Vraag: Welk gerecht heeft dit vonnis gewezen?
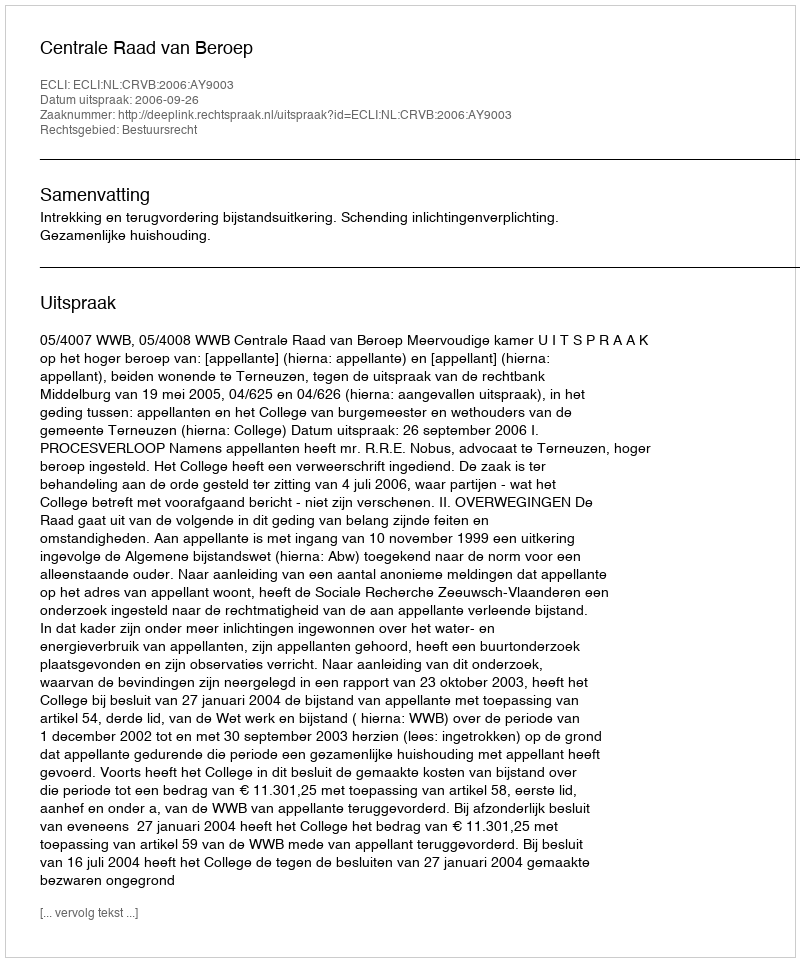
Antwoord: Centrale Raad van Beroep